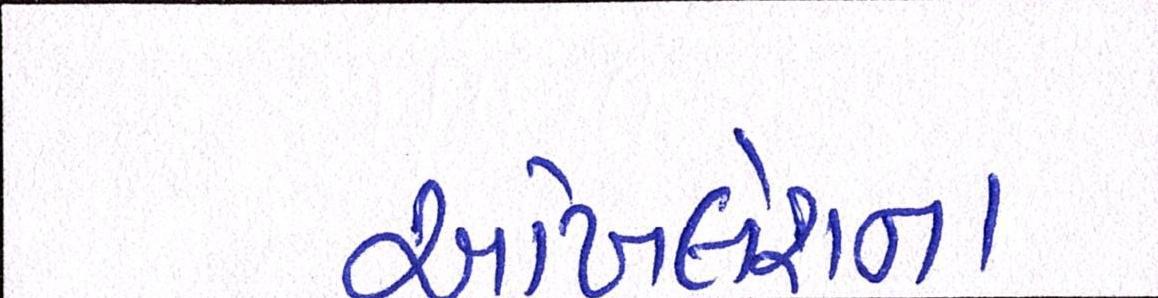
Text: અખિલેશના